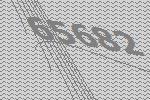
65682